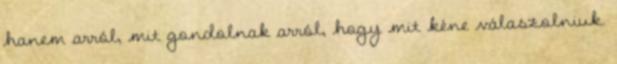
hanem arról, mit gondolnak arról, hogy mit kéne válaszolniuk.